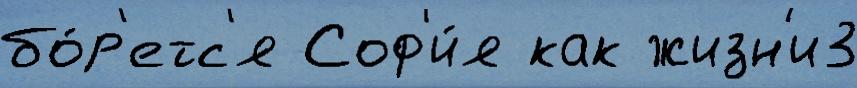
бо́р'етс'я Соф'и́я как жизн'и3